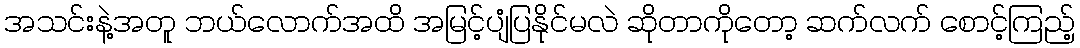
အသင်းနဲ့အတူ ဘယ်လောက်အထိ အမြင့်ပျံပြနိုင်မလဲ ဆိုတာကိုတော့ ဆက်လက် စောင့်ကြည့်